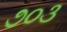
૭૦૩